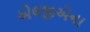
એલજીએના